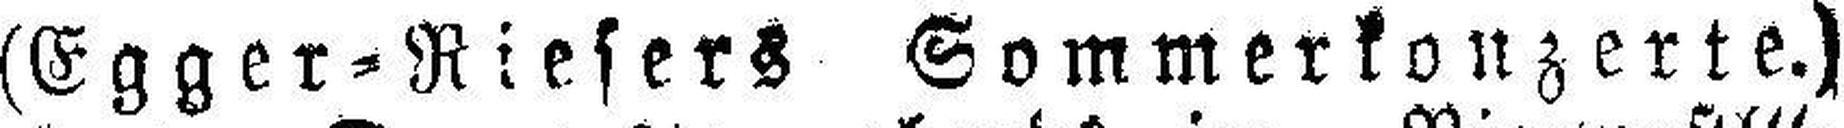
(Egger=Riesers Sommerkonzerte.)